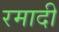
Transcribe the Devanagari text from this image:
रमादी